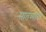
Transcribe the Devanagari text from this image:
सातव्यांदा